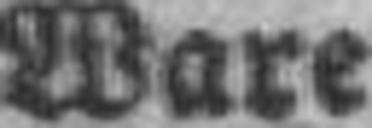
Ware